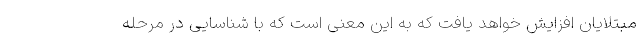
مبتلایان افزایش خواهد یافت که به این معنی است که با شناسایی در مرحله